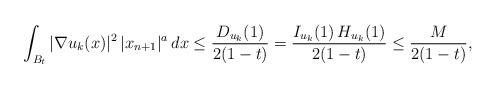
LaTeX: \begin{align*}\int_{B_t}|\nabla u_k(x)|^2\,|x_{n+1}|^a\,dx & \leq \frac{D_{u_k}(1)}{2(1-t)}= \frac{I_{u_k}(1)\,H_{u_k}(1)}{2(1-t)}\leq \frac{M}{2(1-t)},\end{align*}